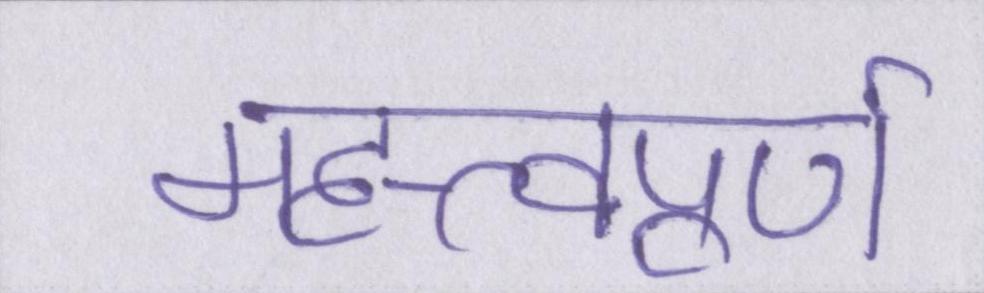
महत्त्वपूर्ण